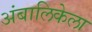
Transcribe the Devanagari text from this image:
अंबालिकेला